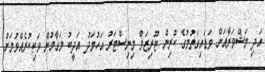
އަދި މަޝްވަރާއަށް ވަޑައިގަތުމުގެ ކުރިން ޓޫރިޒަމް މިނިސްޓަރު އަހުމަދު އަދީބު މަގާމުން ވަކިކުރެއްވުމަށް